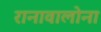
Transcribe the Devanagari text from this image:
रानावालोना